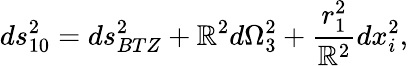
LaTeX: ds_{10}^{2}=ds_{BTZ}^{2}+\mathbb{R}^{2}d\Omega_{3}^{2}+{\frac{{r_{1}^{2}}}{{\mathbb{R}^{2}}}}dx_{i}^{2},